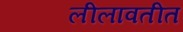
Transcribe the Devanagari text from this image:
लीलावतीत